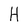
Character: H